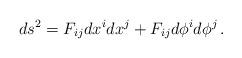
LaTeX: \begin{align*}ds^2=F_{ij}dx^idx^j+F_{ij}d\phi ^id\phi ^j\,.\end{align*}